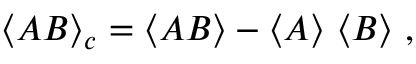
\langle { \cal A } { \cal B } \rangle _ { c } = \langle { \cal A } { \cal B } \rangle - \langle { \cal A } \rangle ~ \langle { \cal B } \rangle ~ ,